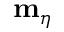
\mathbf { m } _ { \eta }